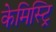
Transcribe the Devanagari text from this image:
केमिस्ट्रि